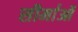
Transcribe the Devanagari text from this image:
सीमा॑ओं